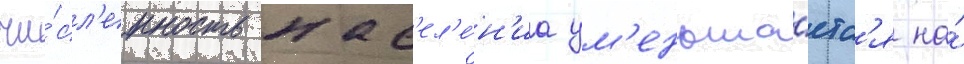
чи́сл'енность нас'ел'е́н'иа ум'еньша́етс'я на́